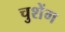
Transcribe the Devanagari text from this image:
चुशेंग